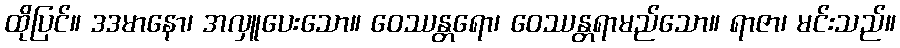
ထိုပြင်။ ဒဒမာနော၊ အလှူပေးသော။ ဝေဿန္တရော၊ ဝေဿန္တရာမည်သော။ ရာဇာ၊ မင်းသည်။